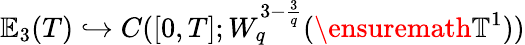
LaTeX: \mathbb{E}_{3}(T)\hookrightarrow C([0,T];W_{q}^{3-\frac 3q}(\ensuremath{\mathbb{T}}^{1}))